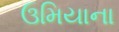
ઉમિયાના